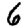
Digit: 6